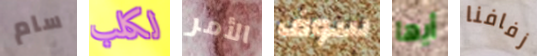
سام لكلب الأمر سوف أيها زفافنا